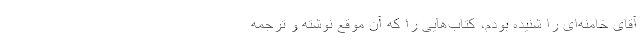
آقای خامنه‌ای را شنیده بودم، کتاب‌هایی را که آن موقع نوشته و ترجمه